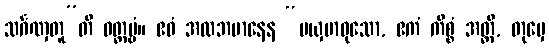
သင်္ဂဏှတူ”တိ ဝတ္တဗ္ဗံ။ ဧဝံ အလဘမာနေန “မယှမာဝုသော, ဧကံ ကိစ္စံ အတ္ထိ, တုမှေ